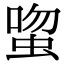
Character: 𬠉